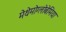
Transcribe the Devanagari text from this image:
मेथेमोग्लोबेमिया